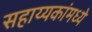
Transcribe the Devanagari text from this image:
सहाय्यकांमध्ये